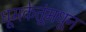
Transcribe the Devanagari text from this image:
धूमकेतूंमधून